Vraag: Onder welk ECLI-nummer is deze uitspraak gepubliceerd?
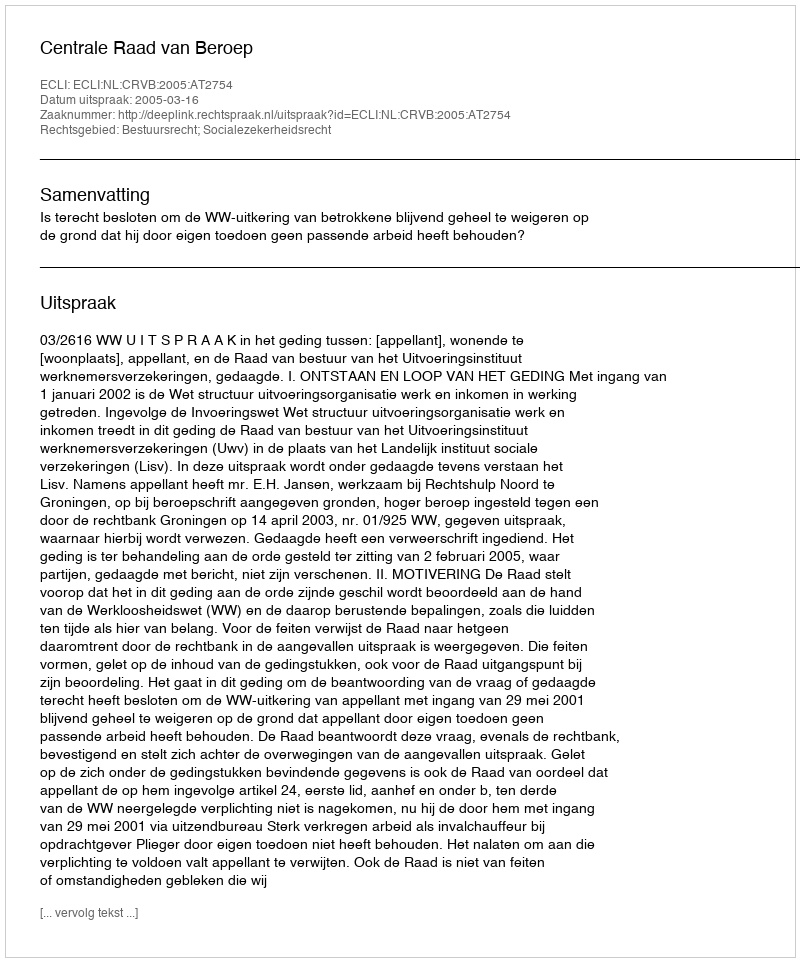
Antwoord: ECLI:NL:CRVB:2005:AT2754